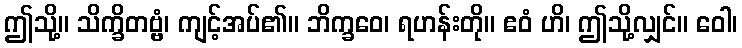
ဤသို့။ သိက္ခိတဗ္ဗံ၊ ကျင့်အပ်၏။ ဘိက္ခဝေ၊ ရဟန်းတို။ ဧဝံ ဟိ၊ ဤသို့လျှင်။ ဝေါ၊